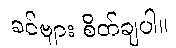
ခင်ဗျား စိတ်ချပါ။